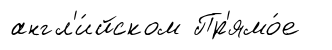
англ'и́йском Пр'ямо́е